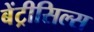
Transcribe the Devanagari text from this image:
बेंट्रीसिल्स